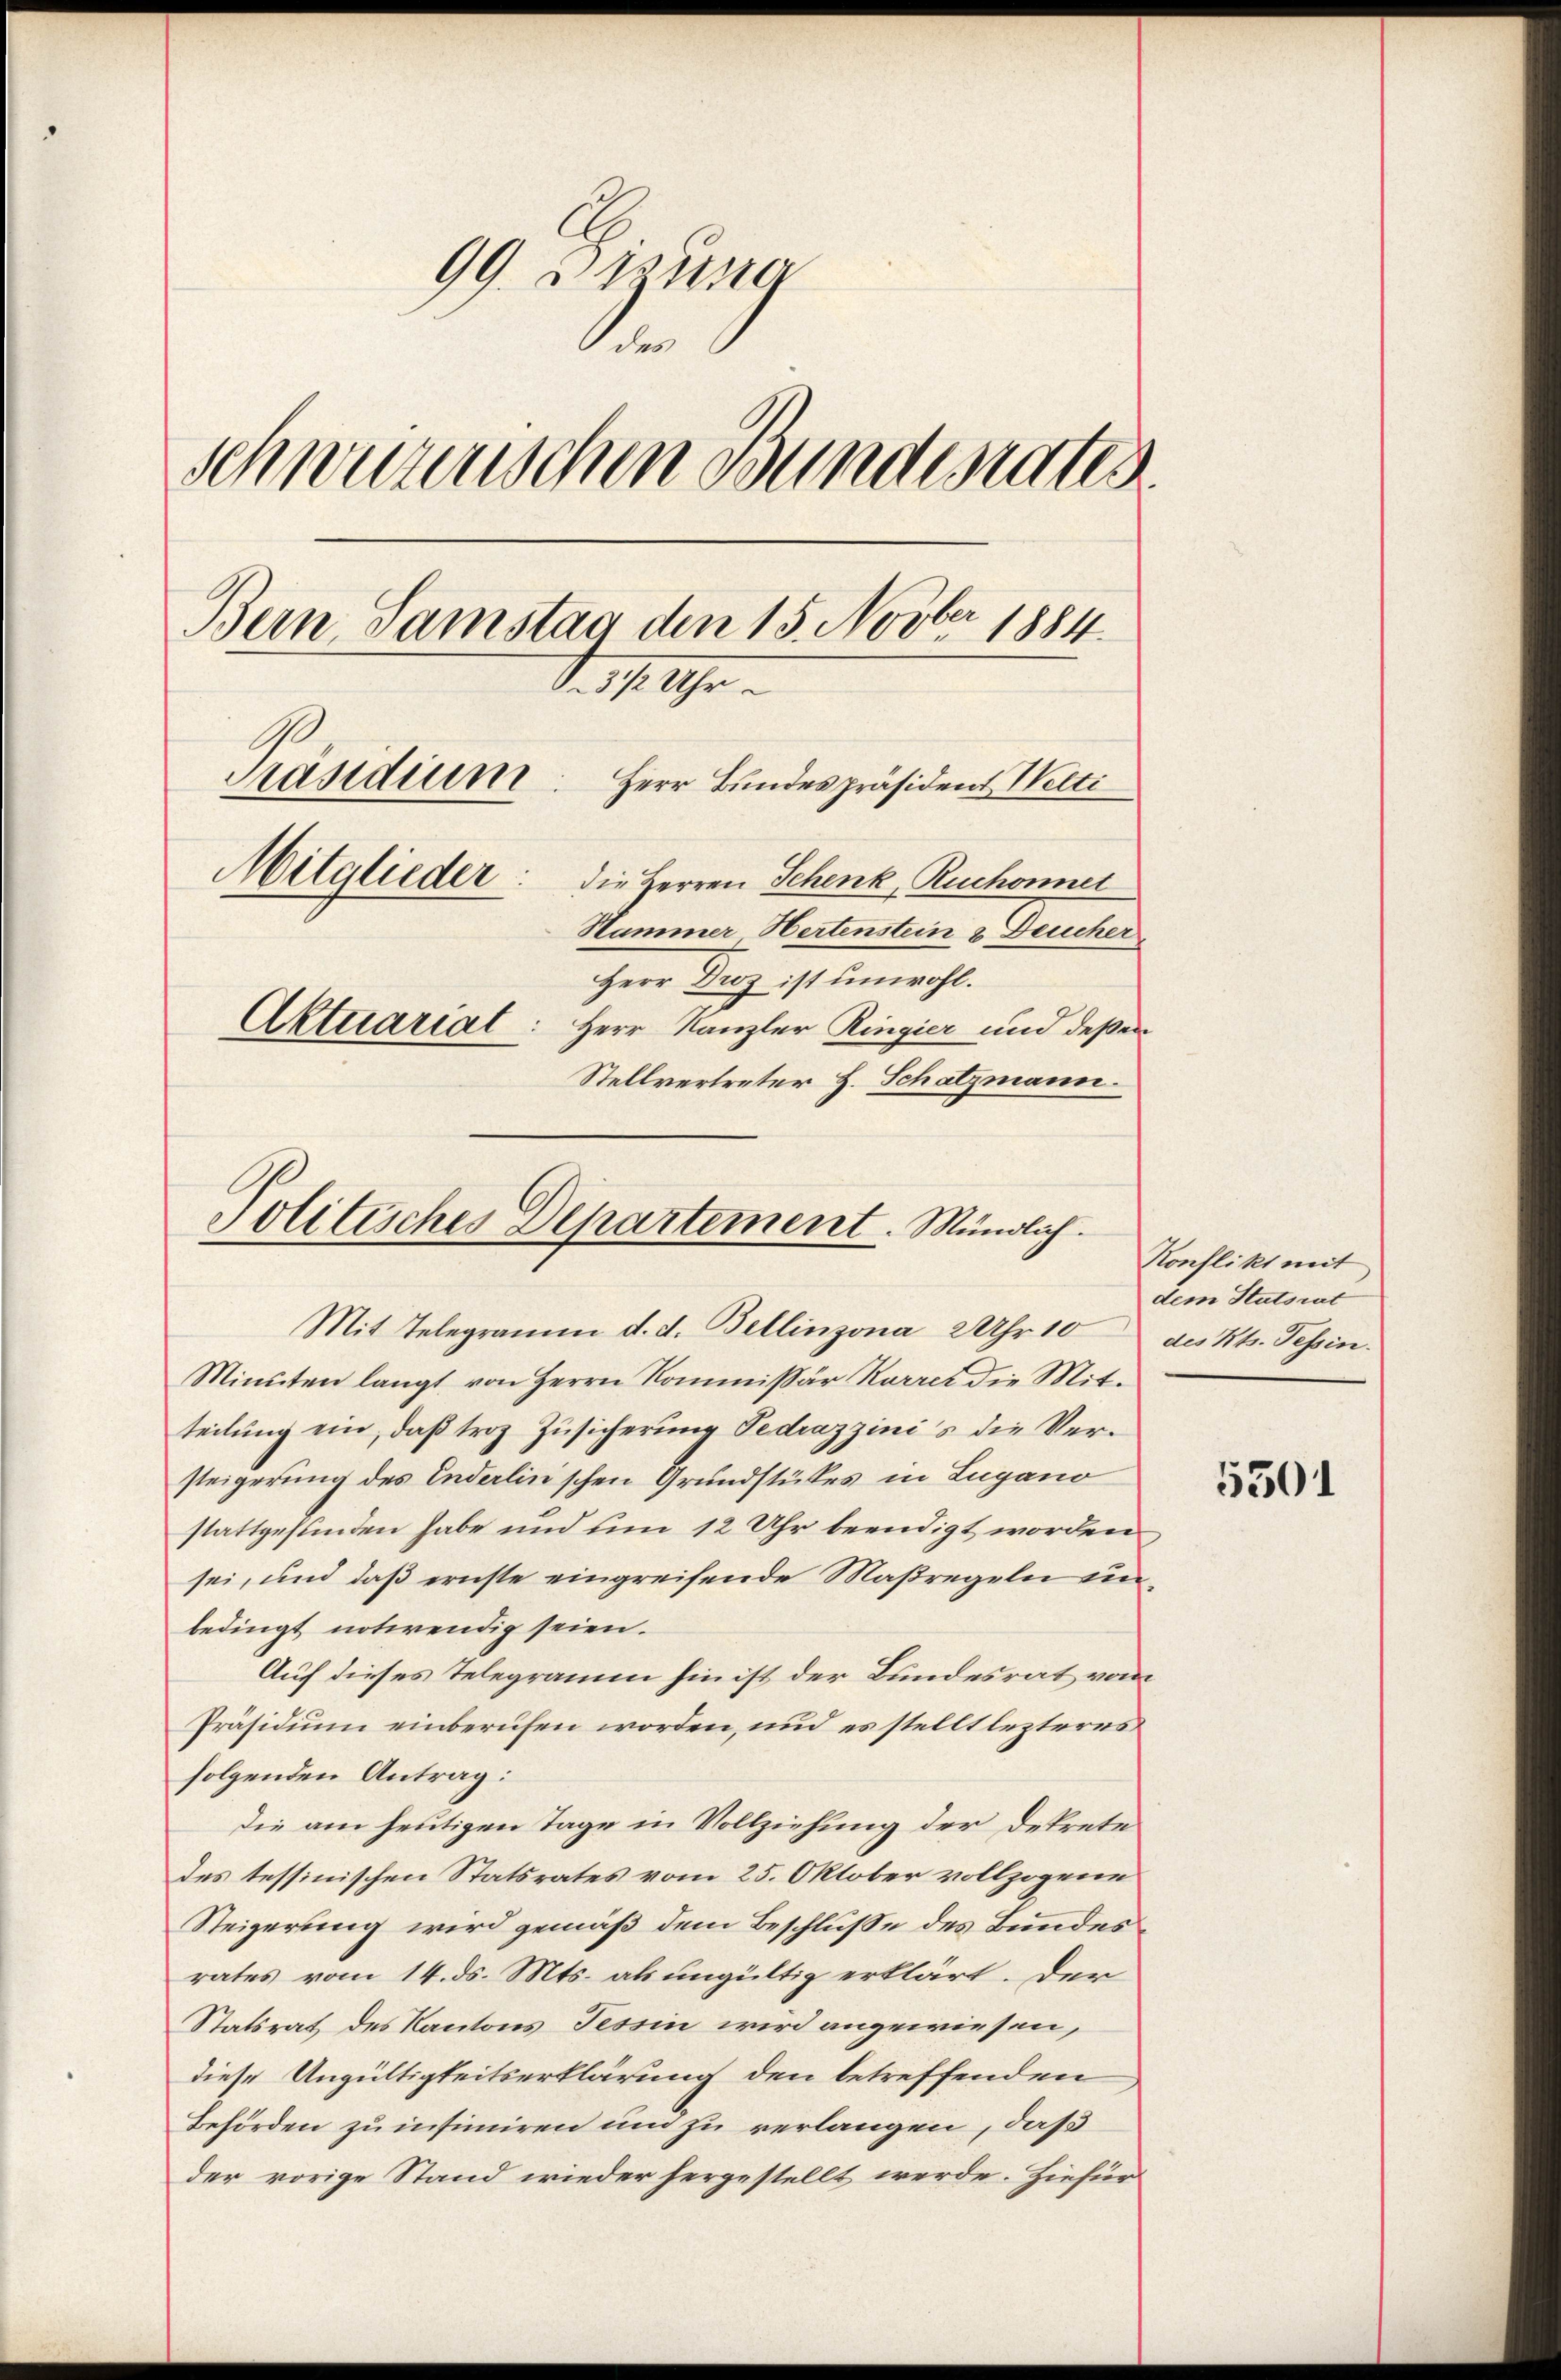
99. Sisung
.
Schweizerischen Bunderates.
Bern, Samstag den 15. Novber 1884.
d. 11 Uhr
Präsidium
Herr Bundespräsident Welti
Mitglieder: die Herren Schenk, Ruchonnel
Hammer Hertenstein 2 Deucher
Herr Drez ist unwohl.
Aktuariat: Herr Kanzler Ringier und deßen
Stellvertreter H. Schatzmann.

Politisches Departement. Mündlich.

Mit Telegramm d. d. Bellinzona 2 Uhr 10 des Kts. Tessin.
Minuten langt von Herrn Kommissär Karrer die Mit-
teilung ein, daß troz Zusicherung Tedrazzini's die Versteigerung des Enderlin'schen Grundstückes in Lugano
stattgefunden habe und um 12 Uhr beendigt worden
sei, und daß ernste eingreifende Maßregeln unbedingt notwendig seien.
Auf dieses Telegramm hin ist der Bundesrat vom
Präsidium einberufen worden, und es stellt lezteres
folgenden Antrag:
die am heutigen Tage in Vollziehung der Dekrete
des tessinischen Statsrates vom 25. Oktober vollzogene
Steigerung wird gemäß dem Beschluße des Bundes
rates vom 14. ds. Mts. als ungültig erklärt. Der
Statsrat des Kantons Tessin wird angewiesen,
diese Ungültigkeitserklärung den betreffenden
Behörden zu insimiren und zu verlangen, daß
der vorige Stand wieder hergestellt werde. Hiefür

Konflikt mit
dem Statsrat

5501